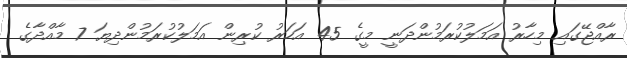
ރާއްޖޭގައި މިހާރު އަމަލުކުރަމުންދަނީ މީގެ 45 އަހަރު ކުރިން އަމަލުކުރަމުންދިޔަ 7 މާއްދާގެ